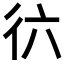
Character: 𢓌